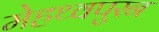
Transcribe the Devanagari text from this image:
मेहथ्वपुरन